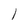
Character: l